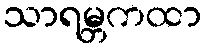
သာရမ္ဘကထာ